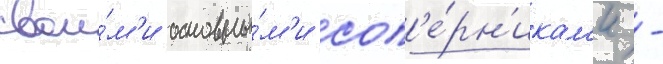
свои́м'и основны́м'и соп'е́рн'икам'и -